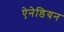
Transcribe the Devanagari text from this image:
ऐनेडियन